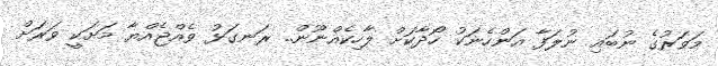
މަވަރުގެ ނުބައި ނުލަފާ އަންހެނަކު ހޯދާކަށް ލާހިކެއްނޫން.. ރަނގަޅު ވެއްޖެއްޔާ މަށަކީ ވަރަށް